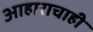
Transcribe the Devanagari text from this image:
आहाराचाही